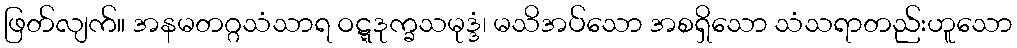
ဖြတ်လျက်။ အနမတဂ္ဂသံသာရ ဝဋ္ဋဒုက္ခသမုဒ္ဒံ၊ မသိအပ်သော အစရှိသော သံသရာတည်းဟူသော